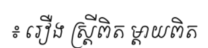
៖ រឿង ស្ត្រីពិត ម្តាយពិត